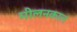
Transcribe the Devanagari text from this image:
मीलनकाल